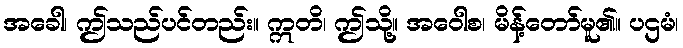
အခေါ၊ ဤသည်ပင်တည်း။ ဣတိ၊ ဤသို့။ အဝေါစ၊ မိန့်တော်မူ၏။ ပဌမံ၊